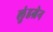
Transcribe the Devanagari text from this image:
लुंडग्रेन